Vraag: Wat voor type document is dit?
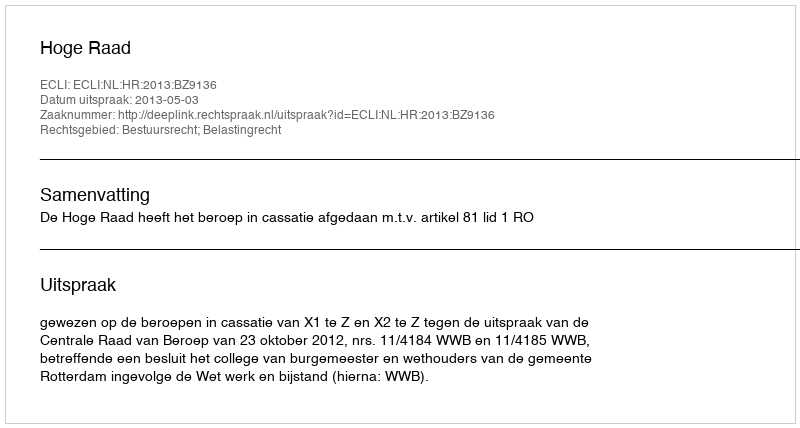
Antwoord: Uitspraak